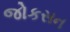
જોકસન